Scottish Certificate of Education, 1962
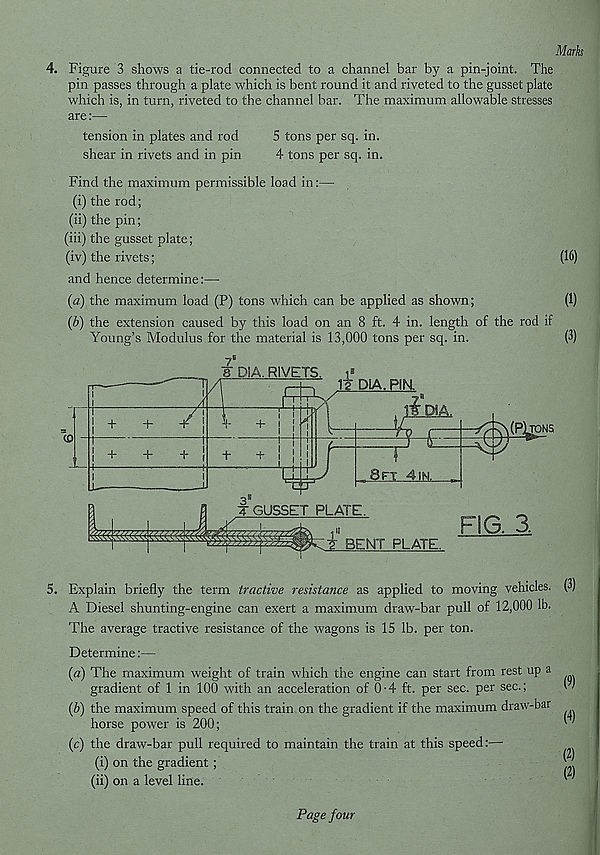
Marks
4. Figure 3 shows a tie-rod connected to a channel bar by a pin-joint. The
pin passes through a plate which is bent round it and riveted to the gusset plate
which is, in turn, riveted to the channel bar. The maximum allowable stresses
are
tension in plates and rod
5 tons per sq. in.
shear in rivets and in pin
4 tons per sq. in.
Find the maximum permissible load in:—
(i) the rod;
(ii) the pin;
(iii) the gusset plate;
(iv) the rivets;
(16)
and hence determine:—
(a) the maximum load (P) tons which can be applied as shown;
(1)
(b) the extension caused by this load on an 8 ft. 4 in. length of the rod if
Young’s Modulus for the material is 13,000 tons per sq. in.
(3)
A Diesel shunting-engine can exert a maximum draw-bar pull of 12,000 lb.
The average tractive resistance of the wagons is 15 lb. per ton.
Determine:—
(a) The maximum weight of train which the engine can start from rest up a
gradient of 1 in 100 with an acceleration of 0-4 ft. per sec. per sec.;
(b) the maximum speed of this train on the gradient if the maximum draw-bar
horse power is 200;
(c) the draw-bar pull required to maintain the train at this speed:—
(i) on the gradient ;
(ii) on a level line.
(9)
(4)
(2)
(2)
Page four